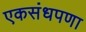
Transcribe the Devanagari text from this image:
एकसंधपणा